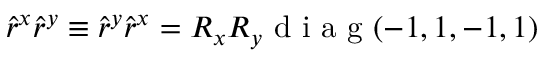
\hat { r } ^ { x } \hat { r } ^ { y } \equiv \hat { r } ^ { y } \hat { r } ^ { x } = R _ { x } R _ { y } \mathrm { ~ d ~ i ~ a ~ g ~ } ( - 1 , 1 , - 1 , 1 )